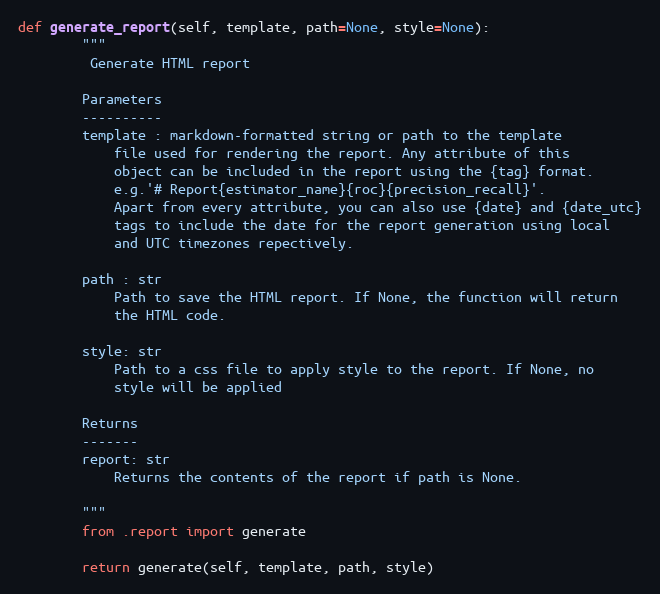
Language: Python
def generate_report(self, template, path=None, style=None):
        """
         Generate HTML report

        Parameters
        ----------
        template : markdown-formatted string or path to the template
            file used for rendering the report. Any attribute of this
            object can be included in the report using the {tag} format.
            e.g.'# Report{estimator_name}{roc}{precision_recall}'.
            Apart from every attribute, you can also use {date} and {date_utc}
            tags to include the date for the report generation using local
            and UTC timezones repectively.

        path : str
            Path to save the HTML report. If None, the function will return
            the HTML code.

        style: str
            Path to a css file to apply style to the report. If None, no
            style will be applied

        Returns
        -------
        report: str
            Returns the contents of the report if path is None.

        """
        from .report import generate

        return generate(self, template, path, style)